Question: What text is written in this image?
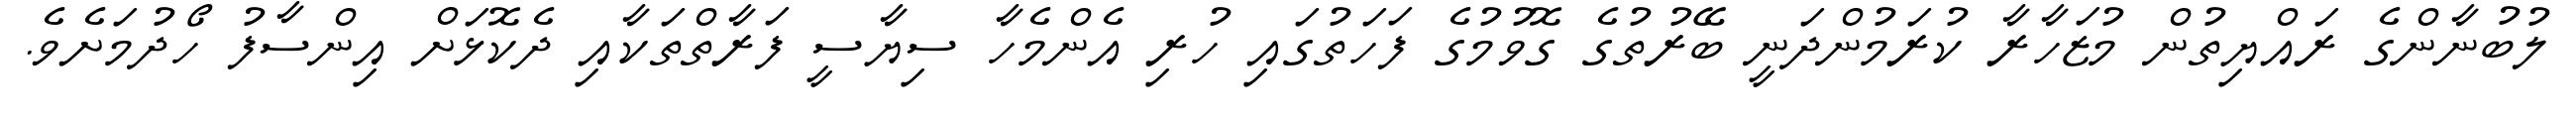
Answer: ލުބުނާންގެ ރައްޔިތުން މުޒަހާރާ ކުރަމުންދަނީ ބޭރުތުގެ ގޮވުމުގެ ފަހަތުގައި ހުރި އެންމެހާ ސިޔާސީ ފަރާތްތަކާއި ދެކޮޅަށް އިންސާފު ހޯދުމަށެވެ.